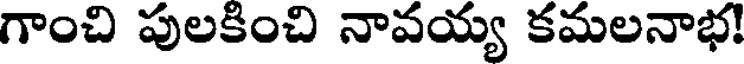
గాంచి పులకించి నావయ్య కమలనాభ!